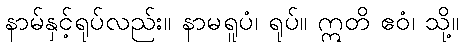
နာမ်နှင့်ရုပ်လည်း။ နာမရူပံ၊ ရုပ်။ ဣတိ ဧဝံ၊ သို့။